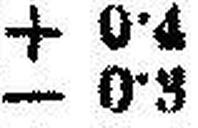
— 0•3